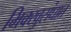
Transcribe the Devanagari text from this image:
भिक्खुसंघात